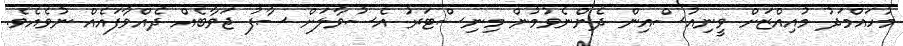
މުހައްމަދު މުއިއްޒަށް ވީނިއުސްއިން ދެންނެވުމުން މިނިސްޓަރު އެސުވާލަށް ސާފު ޖަވާބެއް ދެއްވާފައެއް ނުވެއެވެ.